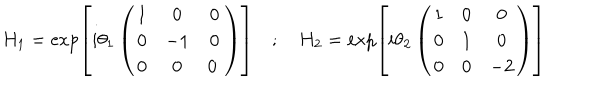
LaTeX: H _ { 1 } = \exp \left[ i \theta _ { 1 } \left( \begin{array} { c c c } { { 1 } } & { { 0 } } & { { 0 } } \\ { { 0 } } & { { - 1 } } & { { 0 } } \\ { { 0 } } & { { 0 } } & { { 0 \ } } \\ \end{array} \right) \right] \quad ; \quad H _ { 2 } = \exp \left[ i \theta _ { 2 } \left( \begin{array} { c c c } { { 1 } } & { { 0 } } & { { 0 } } \\ { { 0 } } & { { 1 } } & { { 0 } } \\ { { 0 } } & { { 0 } } & { { - 2 } } \\ \end{array} \right) \right]